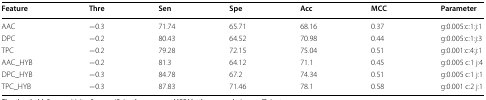
<table><thead><tr><td><b>Feature</b></td><td><b>Thre</b></td><td><b>Sen</b></td><td><b>Spe</b></td><td><b>Acc</b></td><td><b>MCC</b></td><td><b>Parameter</b></td></tr></thead><tbody><tr><td>AAC</td><td>−0.3</td><td>71.74</td><td>65.71</td><td>68.16</td><td>0.37</td><td>g:0.005:c:1:j:1</td></tr><tr><td>DPC</td><td>−0.2</td><td>80.43</td><td>64.52</td><td>70.98</td><td>0.44</td><td>g:0.005:c:1:j:3</td></tr><tr><td>TPC</td><td>−0.2</td><td>79.28</td><td>72.15</td><td>75.04</td><td>0.51</td><td>g:0.001:c:4:j:1</td></tr><tr><td>AAC_HYB</td><td>−0.2</td><td>81.3</td><td>64.12</td><td>71.1</td><td>0.45</td><td>g:0.005 c:1 j:4</td></tr><tr><td>DPC_HYB</td><td>−0.3</td><td>84.78</td><td>67.2</td><td>74.34</td><td>0.51</td><td>g:0.005 c:1 j:1</td></tr><tr><td>TPC_HYB</td><td>−0.3</td><td>87.83</td><td>71.46</td><td>78.1</td><td>0.58</td><td>g:0.001 c:2 j:1</td></tr></tbody></table>